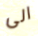
الى